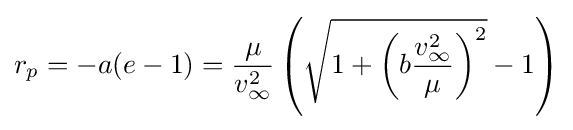
r_{p}=-a(e-1)={\frac {\mu }{v_{\infty }^{2}}}\left({\sqrt {1+\left(b{\frac {v_{\infty }^{2}}{\mu }}\right)^{2}}}-1\right)